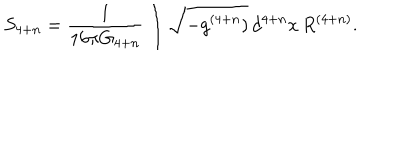
S _ { 4 + n } = \frac { 1 } { 1 6 \pi G _ { 4 + n } } \int \sqrt { - g ^ { ( 4 + n } ) } \, d ^ { 4 + n } x \, R ^ { ( 4 + n ) } .